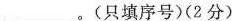
___。(只填序号)(2分)